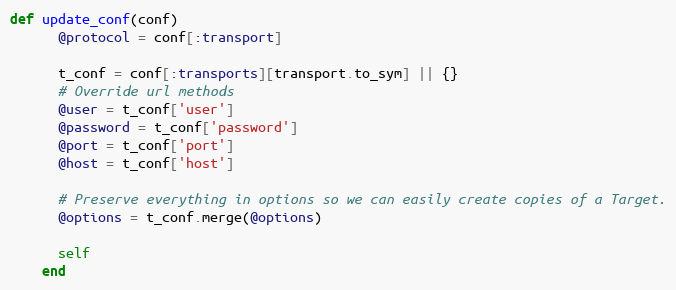
Language: Ruby
def update_conf(conf)
      @protocol = conf[:transport]

      t_conf = conf[:transports][transport.to_sym] || {}
      # Override url methods
      @user = t_conf['user']
      @password = t_conf['password']
      @port = t_conf['port']
      @host = t_conf['host']

      # Preserve everything in options so we can easily create copies of a Target.
      @options = t_conf.merge(@options)

      self
    end